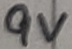
Text: 9V